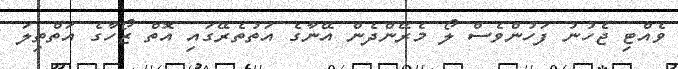
ވެއްޓި ޖެހުނު ފަހުންވެސް ލޯ މެރޭންދެން އޭނާގެ އަތުތެރޭގައި އޮތް ޒޯހާގެ އަތްތިލަ